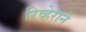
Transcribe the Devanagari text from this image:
रिव्हेराने